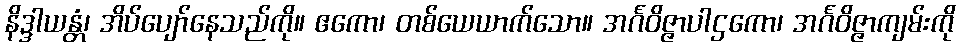
နိဒ္ဒါယန္တံ၊ အိပ်ပျော်နေသည်ကို။ ဧကော၊ တစ်ယေယာက်သော။ အင်္ဂဝိဇ္ဇာပါဌကော၊ အင်္ဂဝိဇ္ဇာကျမ်းကို